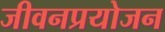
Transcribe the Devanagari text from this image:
जीवनप्रयोजन